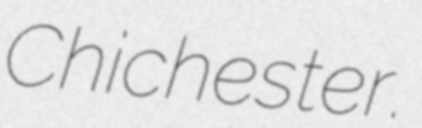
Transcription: Chichester.